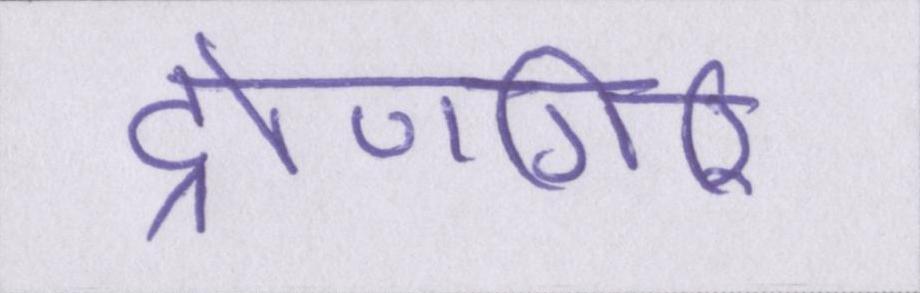
द्रोणगिरि